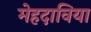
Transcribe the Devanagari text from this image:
मेहदाविया